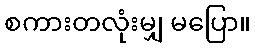
စကားတလုံးမျှ မပြော။